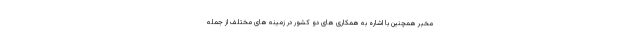
مخبر همچنین با اشاره به همکاری های دو کشور در زمینه های مختلف از جمله